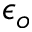
\epsilon _ { o }